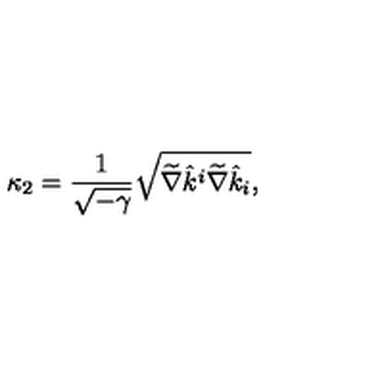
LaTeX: \kappa _ { 2 } = { \frac { 1 } { \sqrt { - \gamma } } } \sqrt { \widetilde \nabla \hat { k } ^ { i } \widetilde \nabla \hat { k } _ { i } } ,